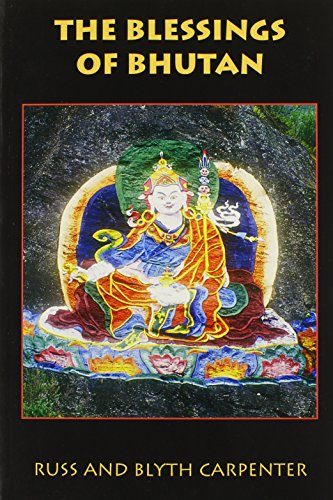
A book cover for The Blessings of Bhutan (A Latitude 20 Book); Russ Carpenter; Travel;